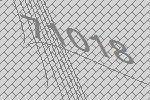
71018